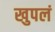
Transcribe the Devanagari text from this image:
खुपलं